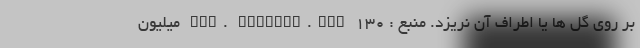
بر روی گل ها یا اطراف آن نریزد. منبع : www. fastgol.com ۱۳۰ میلیون